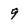
Character: 9